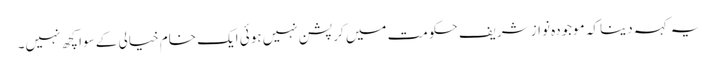
یہ کہہ دینا کہ موجودہ نواز شریف حکومت میں کرپشن نہیں ہوئی ایک خام خیالی کے سوا کچھ نہیں۔